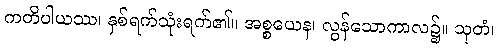
ကတိပါယဿ၊ နှစ်ရက်သုံးရက်၏။ အစ္စယေန၊ လွန်သောကာလ၌။ သုတံ၊